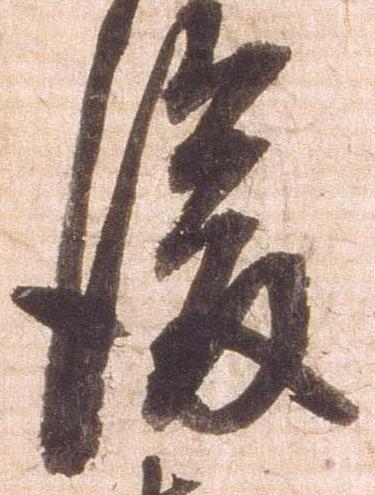
後